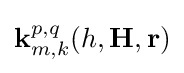
\mathbf {\mathbf {k} } _{m,k}^{p,q}(h,\mathbf {H} ,\mathbf {r} )